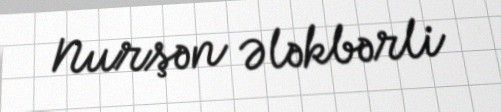
Nurşən Ələkbərli